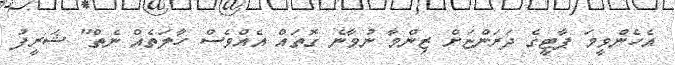
އެހެންވީމަ ޕާޓީގެ ދަރަންޏަށް ޒިންމާ ނުވާނެ ގޮތައް އެއްވެސް ހާލަތެއް ނެތް" ޝަރީފު